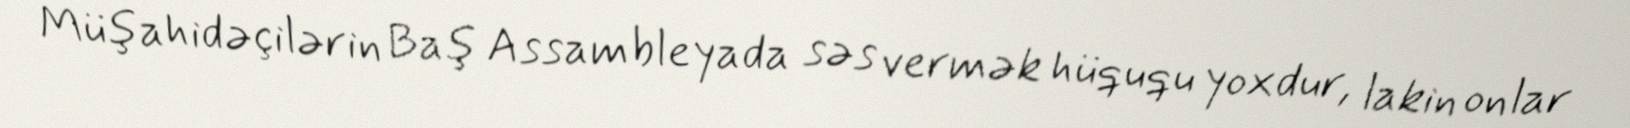
Müşahidəçilərin Baş Assambleyada səs vermək hüququ yoxdur, lakin onlar